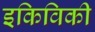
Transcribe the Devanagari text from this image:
इकिविकी